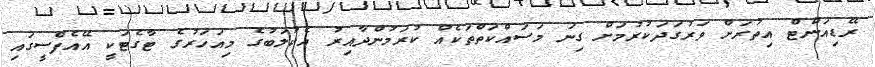
ރޭޑިއަންޓް އިތުރަށް ވަރުގަދަކުރުމަށް ގިނަ މަސައްކަތްތަކެއް ކުރަމުންދާއިރު އެކުލަބުގެ މިއަހަރުގެ ޓާގެޓަކީ އޭއެފްސީގައި